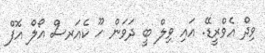
ވިދް އެވްރީޑޭ. އައި ވިލް ބީ ދަވަން ހޫ ކެއަރސް އޯލް އޮފް